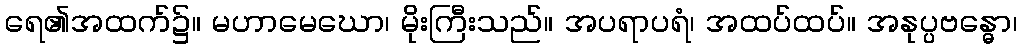
ရေ၏အထက်၌။ မဟာမေဃော၊ မိုးကြီးသည်။ အပရာပရံ၊ အထပ်ထပ်။ အနုပ္ပဗန္ဓော၊